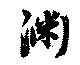
渊